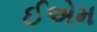
ઈએમ